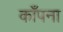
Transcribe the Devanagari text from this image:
काँपना